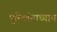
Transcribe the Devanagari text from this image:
पुल्लिंगाध्याय